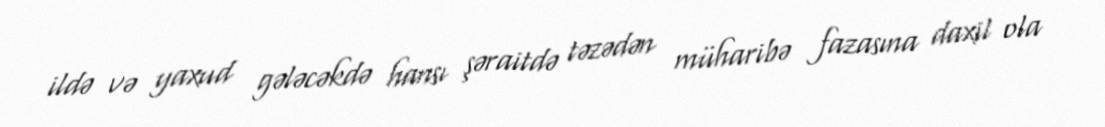
ildə və yaxud gələcəkdə hansı şəraitdə təzədən müharibə fazasına daxil ola